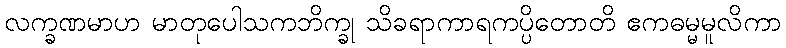
လက္ခဏမာဟ မာတုပေါသကဘိက္ခု သိခရာကာရကပ္ပိတောတိ ဧကဓမ္မမူလိကာ